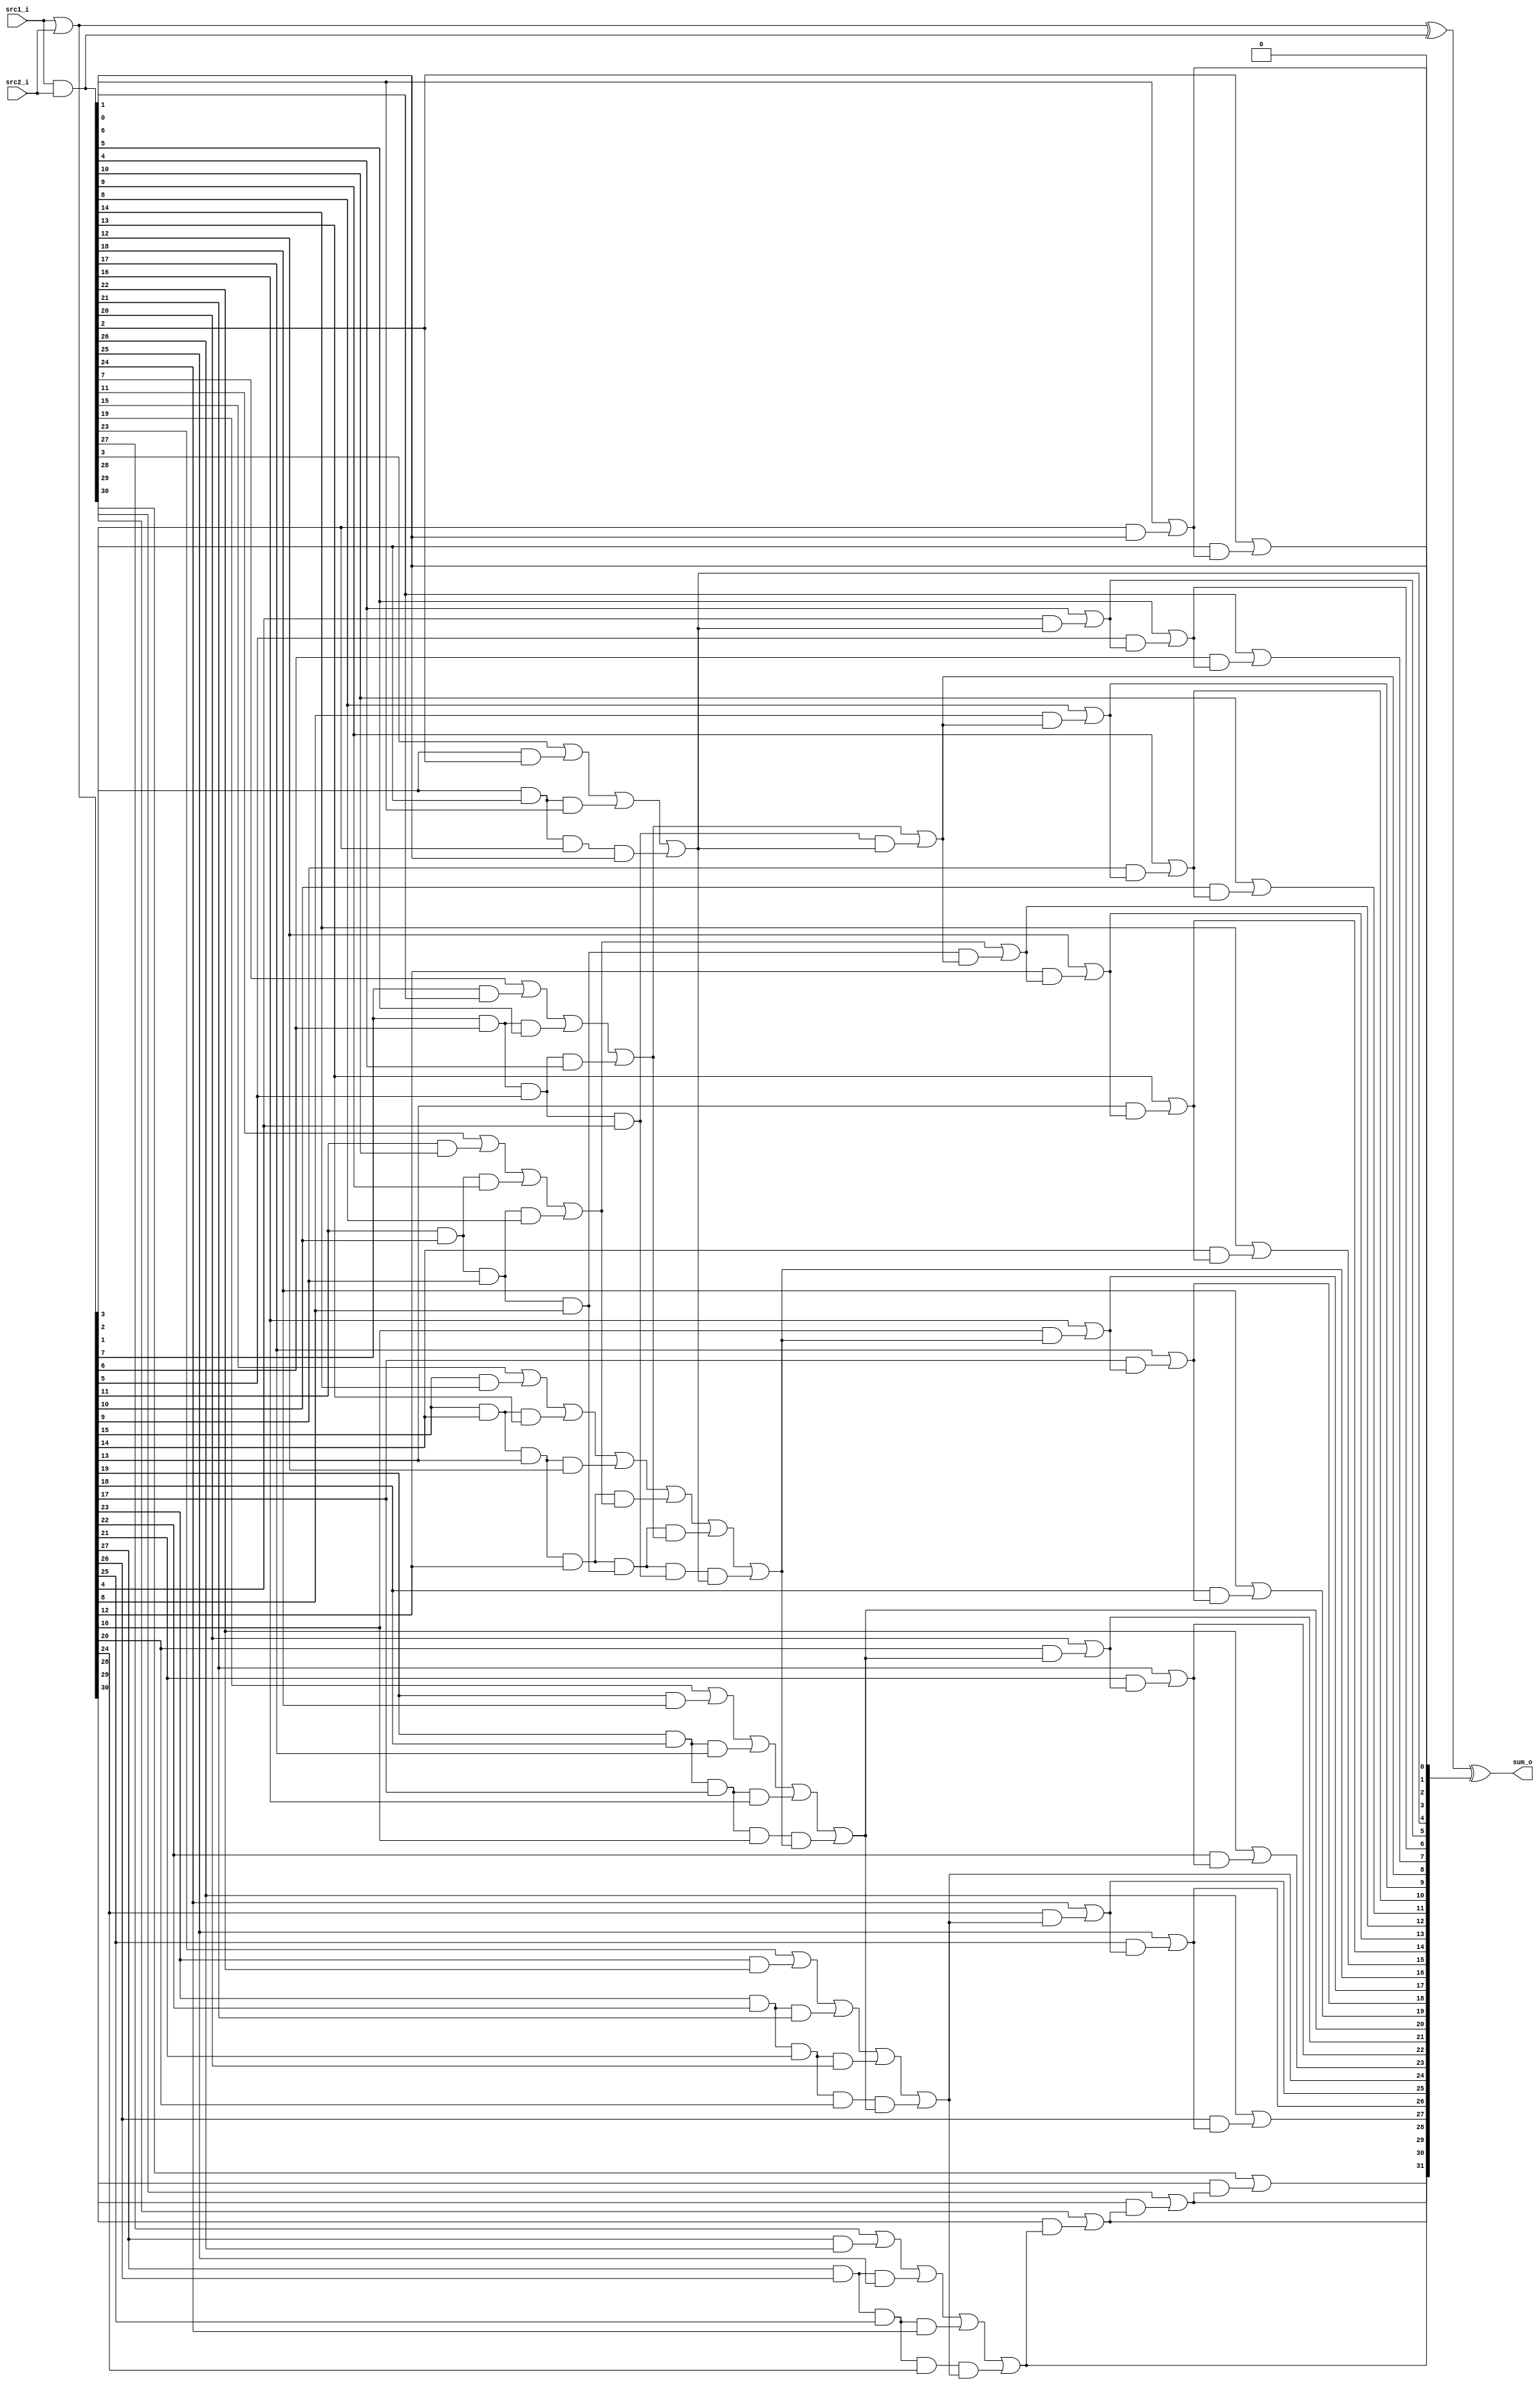
//Subject:     CO project 2 - Adder
//--------------------------------------------------------------------------------
//Version:     1
//--------------------------------------------------------------------------------
//Writer:      110550029
//----------------------------------------------
//Date:        
//----------------------------------------------
//Description: 
//--------------------------------------------------------------------------------
`timescale 1ns/1ps
module Adder(
    src1_i,
	src2_i,
	sum_o
	);
     
//I/O ports
input  [32-1:0]  src1_i;
input  [32-1:0]	 src2_i;
output [32-1:0]	 sum_o;

//Internal Signals
reg [32-1:0] sum_o;
reg [32-1:0] p, g, c;
reg [8-1:0] pp, gg;
reg [1:0] ppp, ggg;
integer i;

//Parameter
    
//Main function
always @(src1_i, src2_i) begin
	g=src1_i&src2_i;
	p=src1_i|src2_i;
	for(i=0; i<8; i=i+1) begin
		gg[i]=g[i*4+3]|(p[i*4+3]&g[i*4+2])|(p[i*4+3]&p[i*4+2]&g[i*4+1])|(p[i*4+3]&p[i*4+2]&p[i*4+1]&g[i*4]);
		pp[i]=p[i*4+3]&p[i*4+2]&p[i*4+1]&p[i*4];
	end
	for(i=0; i<2; i=i+1) begin
		ggg[i]=gg[i*4+3]|(pp[i*4+3]&gg[i*4+2])|(pp[i*4+3]&pp[i*4+2]&gg[i*4+1])|(pp[i*4+3]&pp[i*4+2]&pp[i*4+1]&gg[i*4]);
		ppp[i]=pp[i*4+3]&pp[i*4+2]&pp[i*4+1]&pp[i*4];
	end
	c[0]=0; c[16]=ggg[0]|(ppp[0]&c[0]);
	for(i=0; i<2; i=i+1) begin
		c[i*16+4]=gg[i*4]|(pp[i*4]&c[i*16]);
		c[i*16+8]=gg[i*4+1]|(pp[i*4+1]&c[i*16+4]);
		c[i*16+12]=gg[i*4+2]|(pp[i*4+2]&c[i*16+8]);
	end
	for(i=0; i<8; i=i+1) begin
		c[i*4+1]=g[i*4]|(p[i*4]&c[i*4]);
		c[i*4+2]=g[i*4+1]|(p[i*4+1]&c[i*4+1]);
		c[i*4+3]=g[i*4+2]|(p[i*4+2]&c[i*4+2]);
	end
	sum_o=p^g^c;
end

endmodule